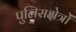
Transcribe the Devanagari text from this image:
पुलिसक्षेत्रों